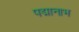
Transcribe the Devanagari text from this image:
पद्मानाभ